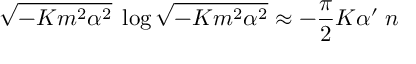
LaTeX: \sqrt { - K m ^ { 2 } \alpha ^ { 2 } } \; \log \sqrt { - K m ^ { 2 } \alpha ^ { 2 } } \approx - \frac { \pi } { 2 } K \alpha ^ { \prime } \; n